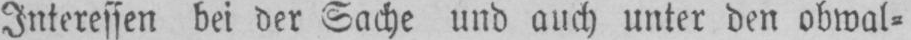
Interessen bei der Sache und auch unter den obwal⸗